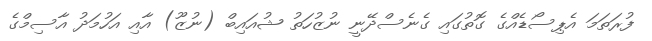
ފުރަތަމަ އެޕިސޯޑެއްގެ ގޮތުގައި ގެނެސްދޭނީ ނުޒުހަތު ޝުއައިބް (ނުޒޫ) އާއި އަހުމަދު އާސިމްގެ